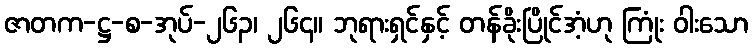
ဇာတက-ဋ္ဌ-စ-အုပ်-၂၆၃၊ ၂၆၄။ ဘုရားရှင်နှင့် တန်ခိုးပြိုင်အံ့ဟု ကြုံး ဝါးသော